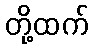
တို့ထက်